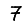
Digit: 7